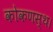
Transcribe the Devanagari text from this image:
कोकणस्थ।